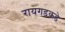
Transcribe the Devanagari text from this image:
रायगडकडे